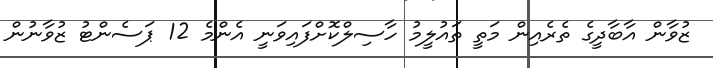
ޒުވާން އާބާދީގެ ތެރެއިން މަތީ ތައުލީމު ހާސިލްކޮށްފައިވަނީ އެންމެ 12 ޕަސެންޓު ޒުވާނުން